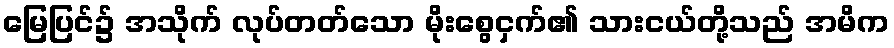
မြေပြင်၌ အသိုက် လုပ်တတ်သော မိုးစွေငှက်၏ သားငယ်တို့သည် အမိက